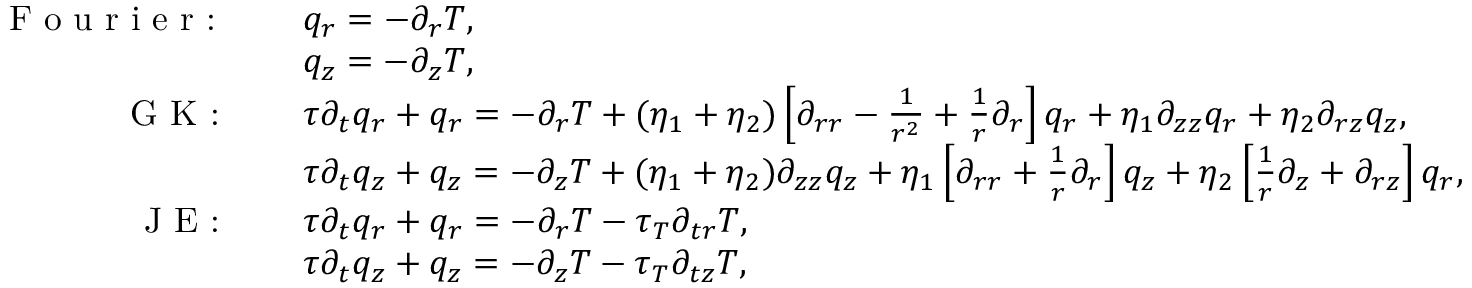
\begin{array} { r l } { \textrm { F o u r i e r : } \quad } & { q _ { r } = - \partial _ { r } T , } \\ { \quad } & { q _ { z } = - \partial _ { z } T , } \\ { \textrm { G K : } \quad } & { \tau \partial _ { t } q _ { r } + q _ { r } = - \partial _ { r } T + ( \eta _ { 1 } + \eta _ { 2 } ) \left[ \partial _ { r r } - \frac { 1 } { r ^ { 2 } } + \frac { 1 } { r } \partial _ { r } \right] q _ { r } + \eta _ { 1 } \partial _ { z z } q _ { r } + \eta _ { 2 } \partial _ { r z } q _ { z } , } \\ { \quad } & { \tau \partial _ { t } q _ { z } + q _ { z } = - \partial _ { z } T + ( \eta _ { 1 } + \eta _ { 2 } ) \partial _ { z z } q _ { z } + \eta _ { 1 } \left[ \partial _ { r r } + \frac { 1 } { r } \partial _ { r } \right] q _ { z } + \eta _ { 2 } \left[ \frac { 1 } { r } \partial _ { z } + \partial _ { r z } \right] q _ { r } , } \\ { \textrm { J E : } \quad } & { \tau \partial _ { t } q _ { r } + q _ { r } = - \partial _ { r } T - \tau _ { T } \partial _ { t r } T , } \\ { \quad } & { \tau \partial _ { t } q _ { z } + q _ { z } = - \partial _ { z } T - \tau _ { T } \partial _ { t z } T , } \end{array}